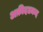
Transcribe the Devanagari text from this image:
अक़ीदतमन्द